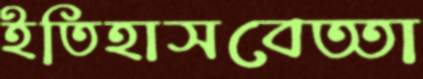
ইতিহাসবেত্তা